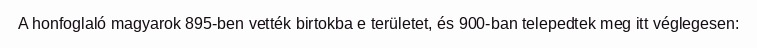
A honfoglaló magyarok 895-ben vették birtokba e területet, és 900-ban telepedtek meg itt véglegesen: